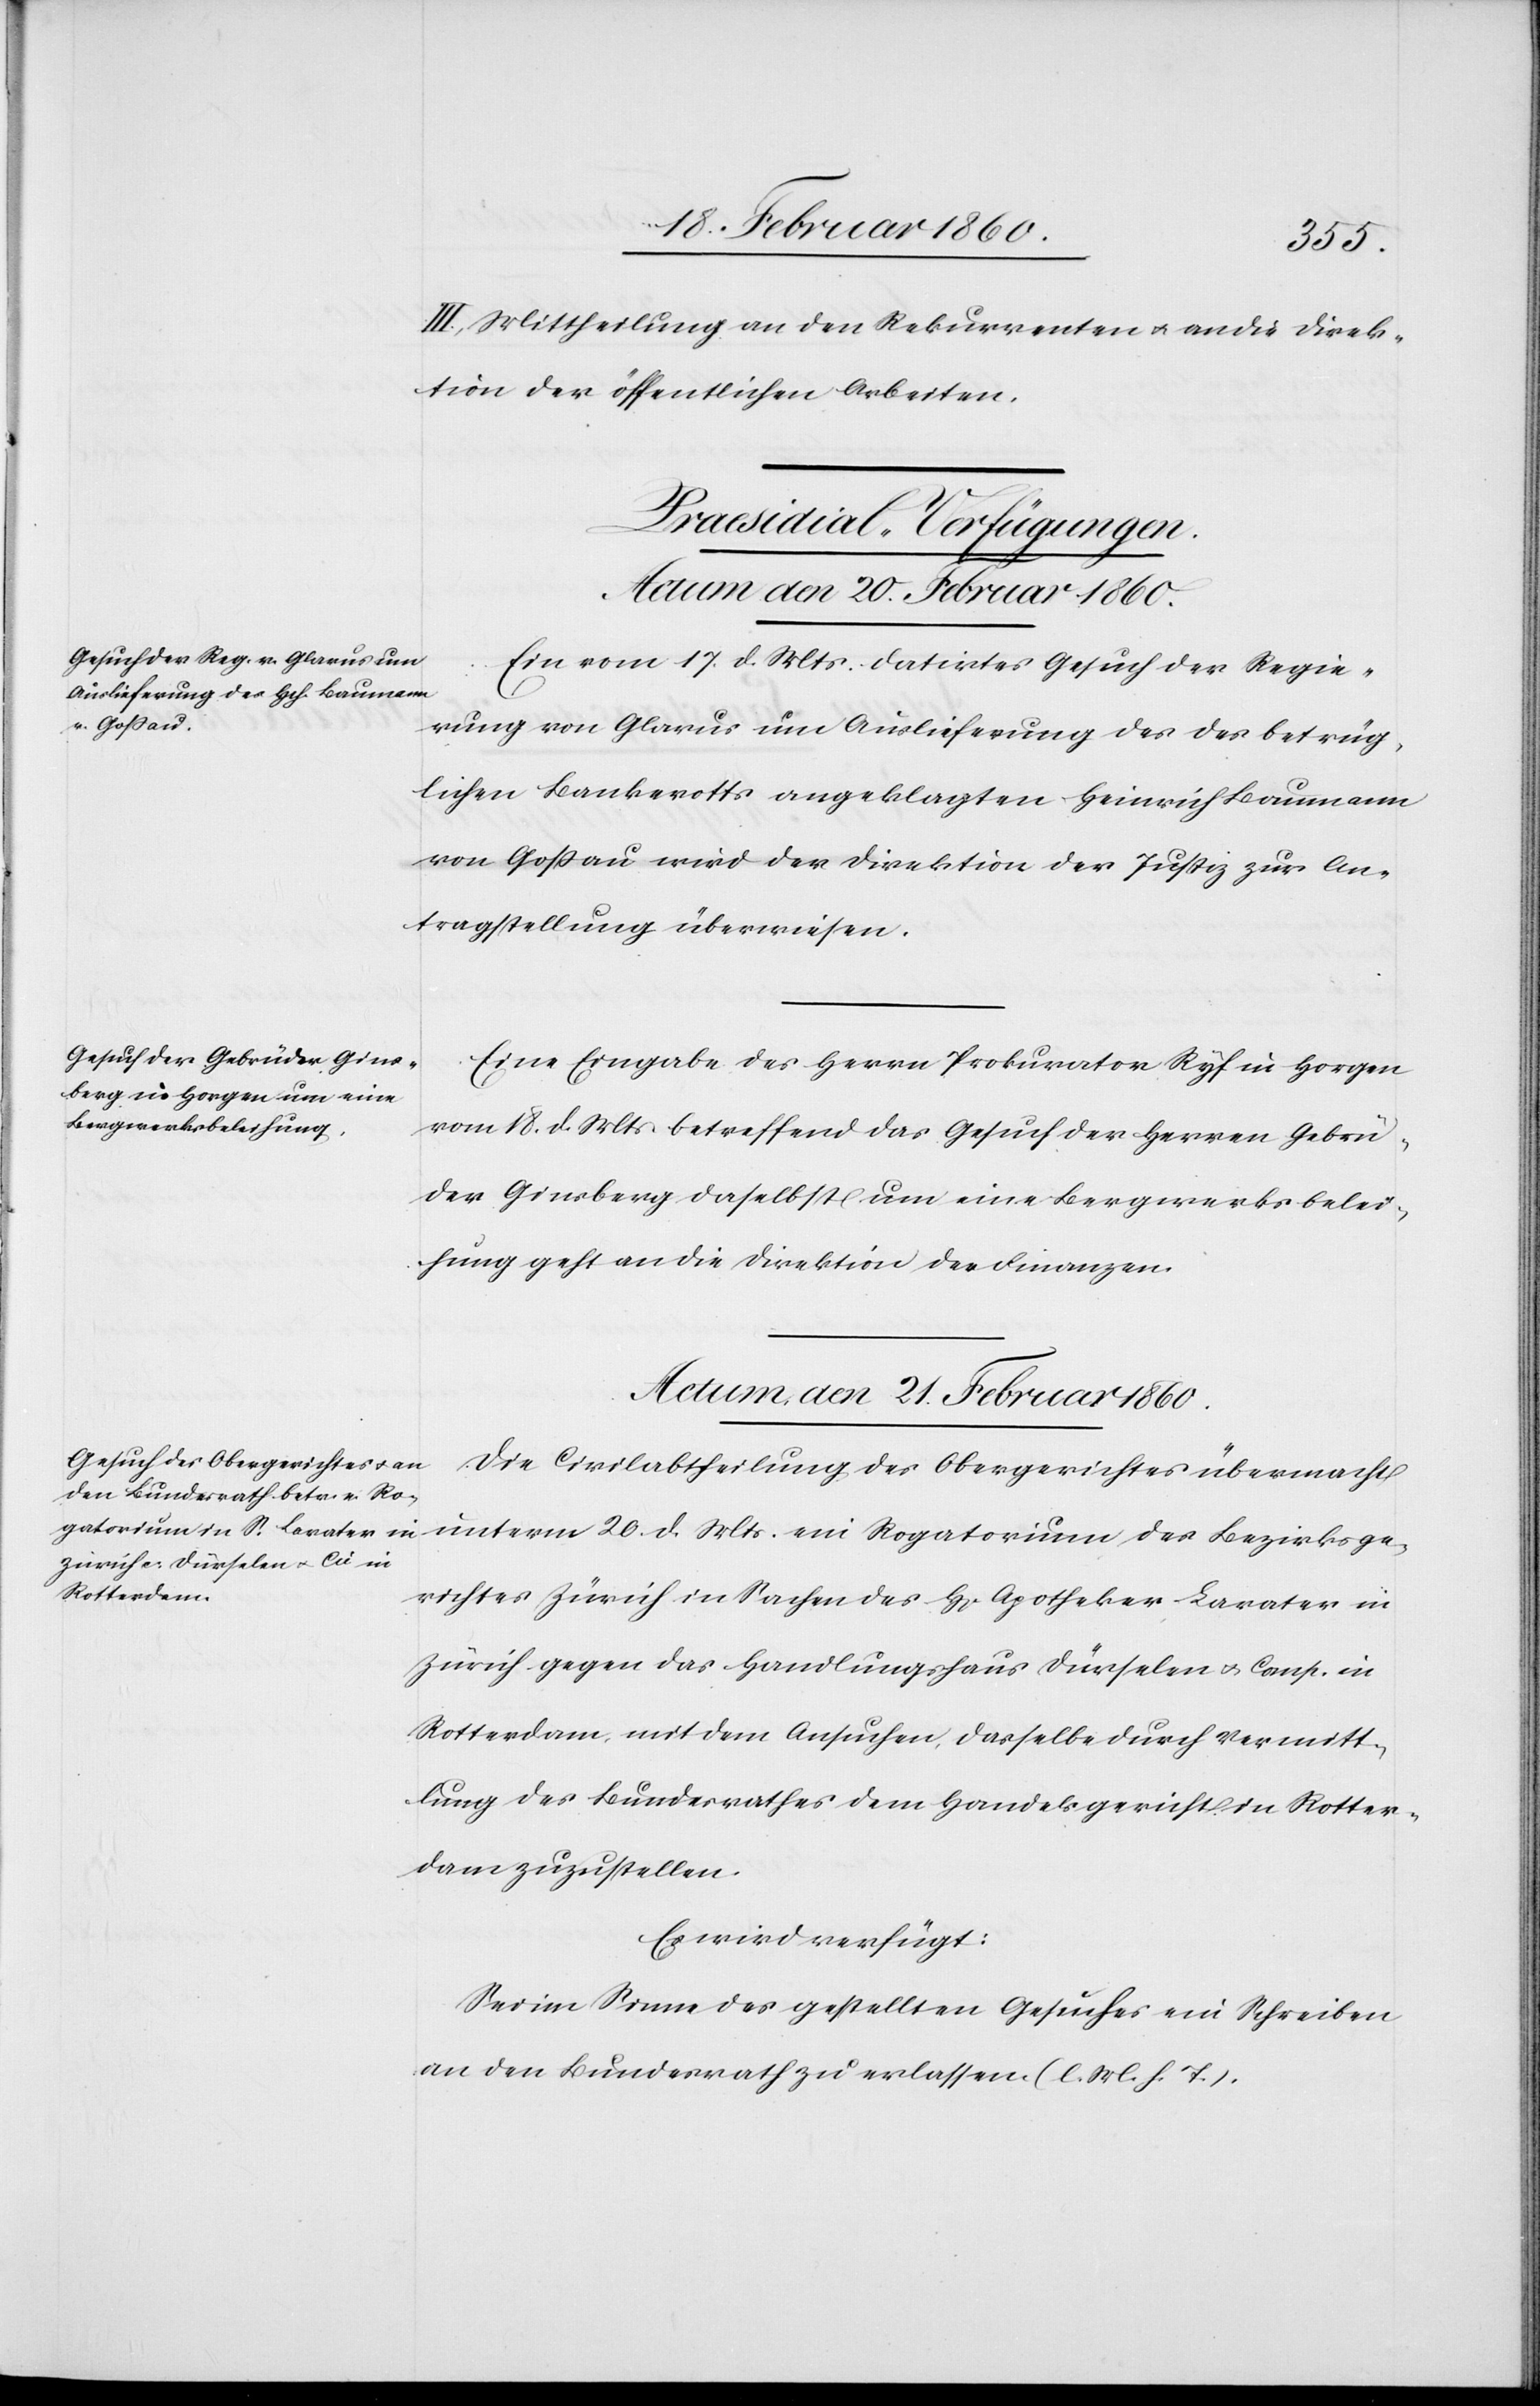
Bezirksge¬
III. Mittheilung an den Rekurrenten u. an die Direk¬
tion der öffentlichen Arbeiten.
[Praesidial-Verfügungen.]
Ein vom 17. d. Mts. datirtes Gesuch der Regie¬
rung von Glarus um Auslieferung des des betrüg¬
lichen Bankerotts angeklagten Heinrich Baumann
von Gossau wird der Direktion der Justiz zur An¬
tragstellung überwiesen.
Eine Eingabe des Herrn Prokurator Ryf in Horgen
vom 18. d. Mts. betreffend das Gesuch der Herren Gebrü¬
der Ginsberg daselbst um eine Bergwerksbelei¬
hung geht an die Direktion der Finanzen.
Actum den 21. Februar 1860.
Die Civilabtheilung des Obergerichtes übermacht
richtes Zürich in Sachen des H[errn] Apotheker Lavater in
Zürich gegen das Handlungshaus Dürselen u. Comp. in
Rotterdam mit dem Ansuchen, dasselbe durch Vermitt¬
lung des Bundesrathes dem Handelsgericht in Rotter¬
dam zuzustellen.
Es wird verfügt.
Sei im Sinne des gestellten Gesuches ein Schreiben
an den Bundesrath zu erlassen. [l. M. h T]